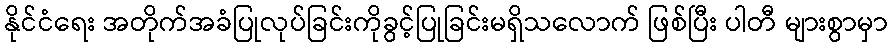
နိုင်ငံရေး အတိုက်အခံပြုလုပ်ခြင်းကိုခွင့်ပြုခြင်းမရှိသလောက် ဖြစ်ပြီး ပါတီ များစွာမှာ